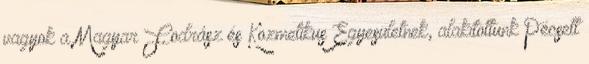
vagyok a Magyar Fodrász és Kozmetikus Egyesületnek, alakítottunk Pécsett